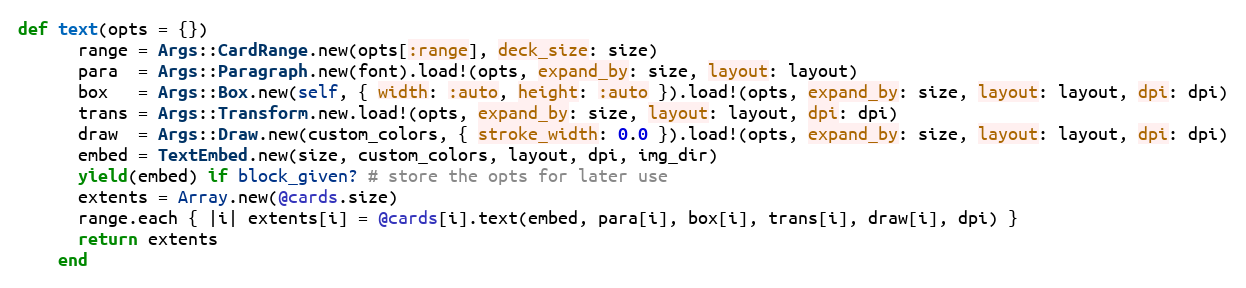
Language: Ruby
def text(opts = {})
      range = Args::CardRange.new(opts[:range], deck_size: size)
      para  = Args::Paragraph.new(font).load!(opts, expand_by: size, layout: layout)
      box   = Args::Box.new(self, { width: :auto, height: :auto }).load!(opts, expand_by: size, layout: layout, dpi: dpi)
      trans = Args::Transform.new.load!(opts, expand_by: size, layout: layout, dpi: dpi)
      draw  = Args::Draw.new(custom_colors, { stroke_width: 0.0 }).load!(opts, expand_by: size, layout: layout, dpi: dpi)
      embed = TextEmbed.new(size, custom_colors, layout, dpi, img_dir)
      yield(embed) if block_given? # store the opts for later use
      extents = Array.new(@cards.size)
      range.each { |i| extents[i] = @cards[i].text(embed, para[i], box[i], trans[i], draw[i], dpi) }
      return extents
    end